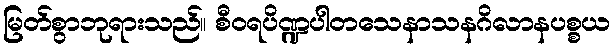
မြတ်စွာဘုရားသည်။ စီဝရပိဏ္ဍပါတသေနာသနဂိလာနပစ္စယ